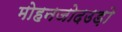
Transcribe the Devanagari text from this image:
मोहनजोदउड़ो